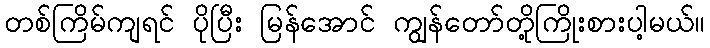
တစ်ကြိမ်ကျရင် ပိုပြီး မြန်အောင် ကျွန်တော်တို့ကြိုးစားပါ့မယ်။